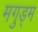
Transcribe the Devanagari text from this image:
मगुड्म